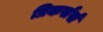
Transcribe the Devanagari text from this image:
प्रिकर्सर्स